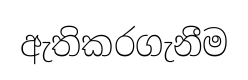
ඇතිකරගැනීම